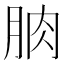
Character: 朒